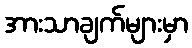
အားသာချက်များမှာ